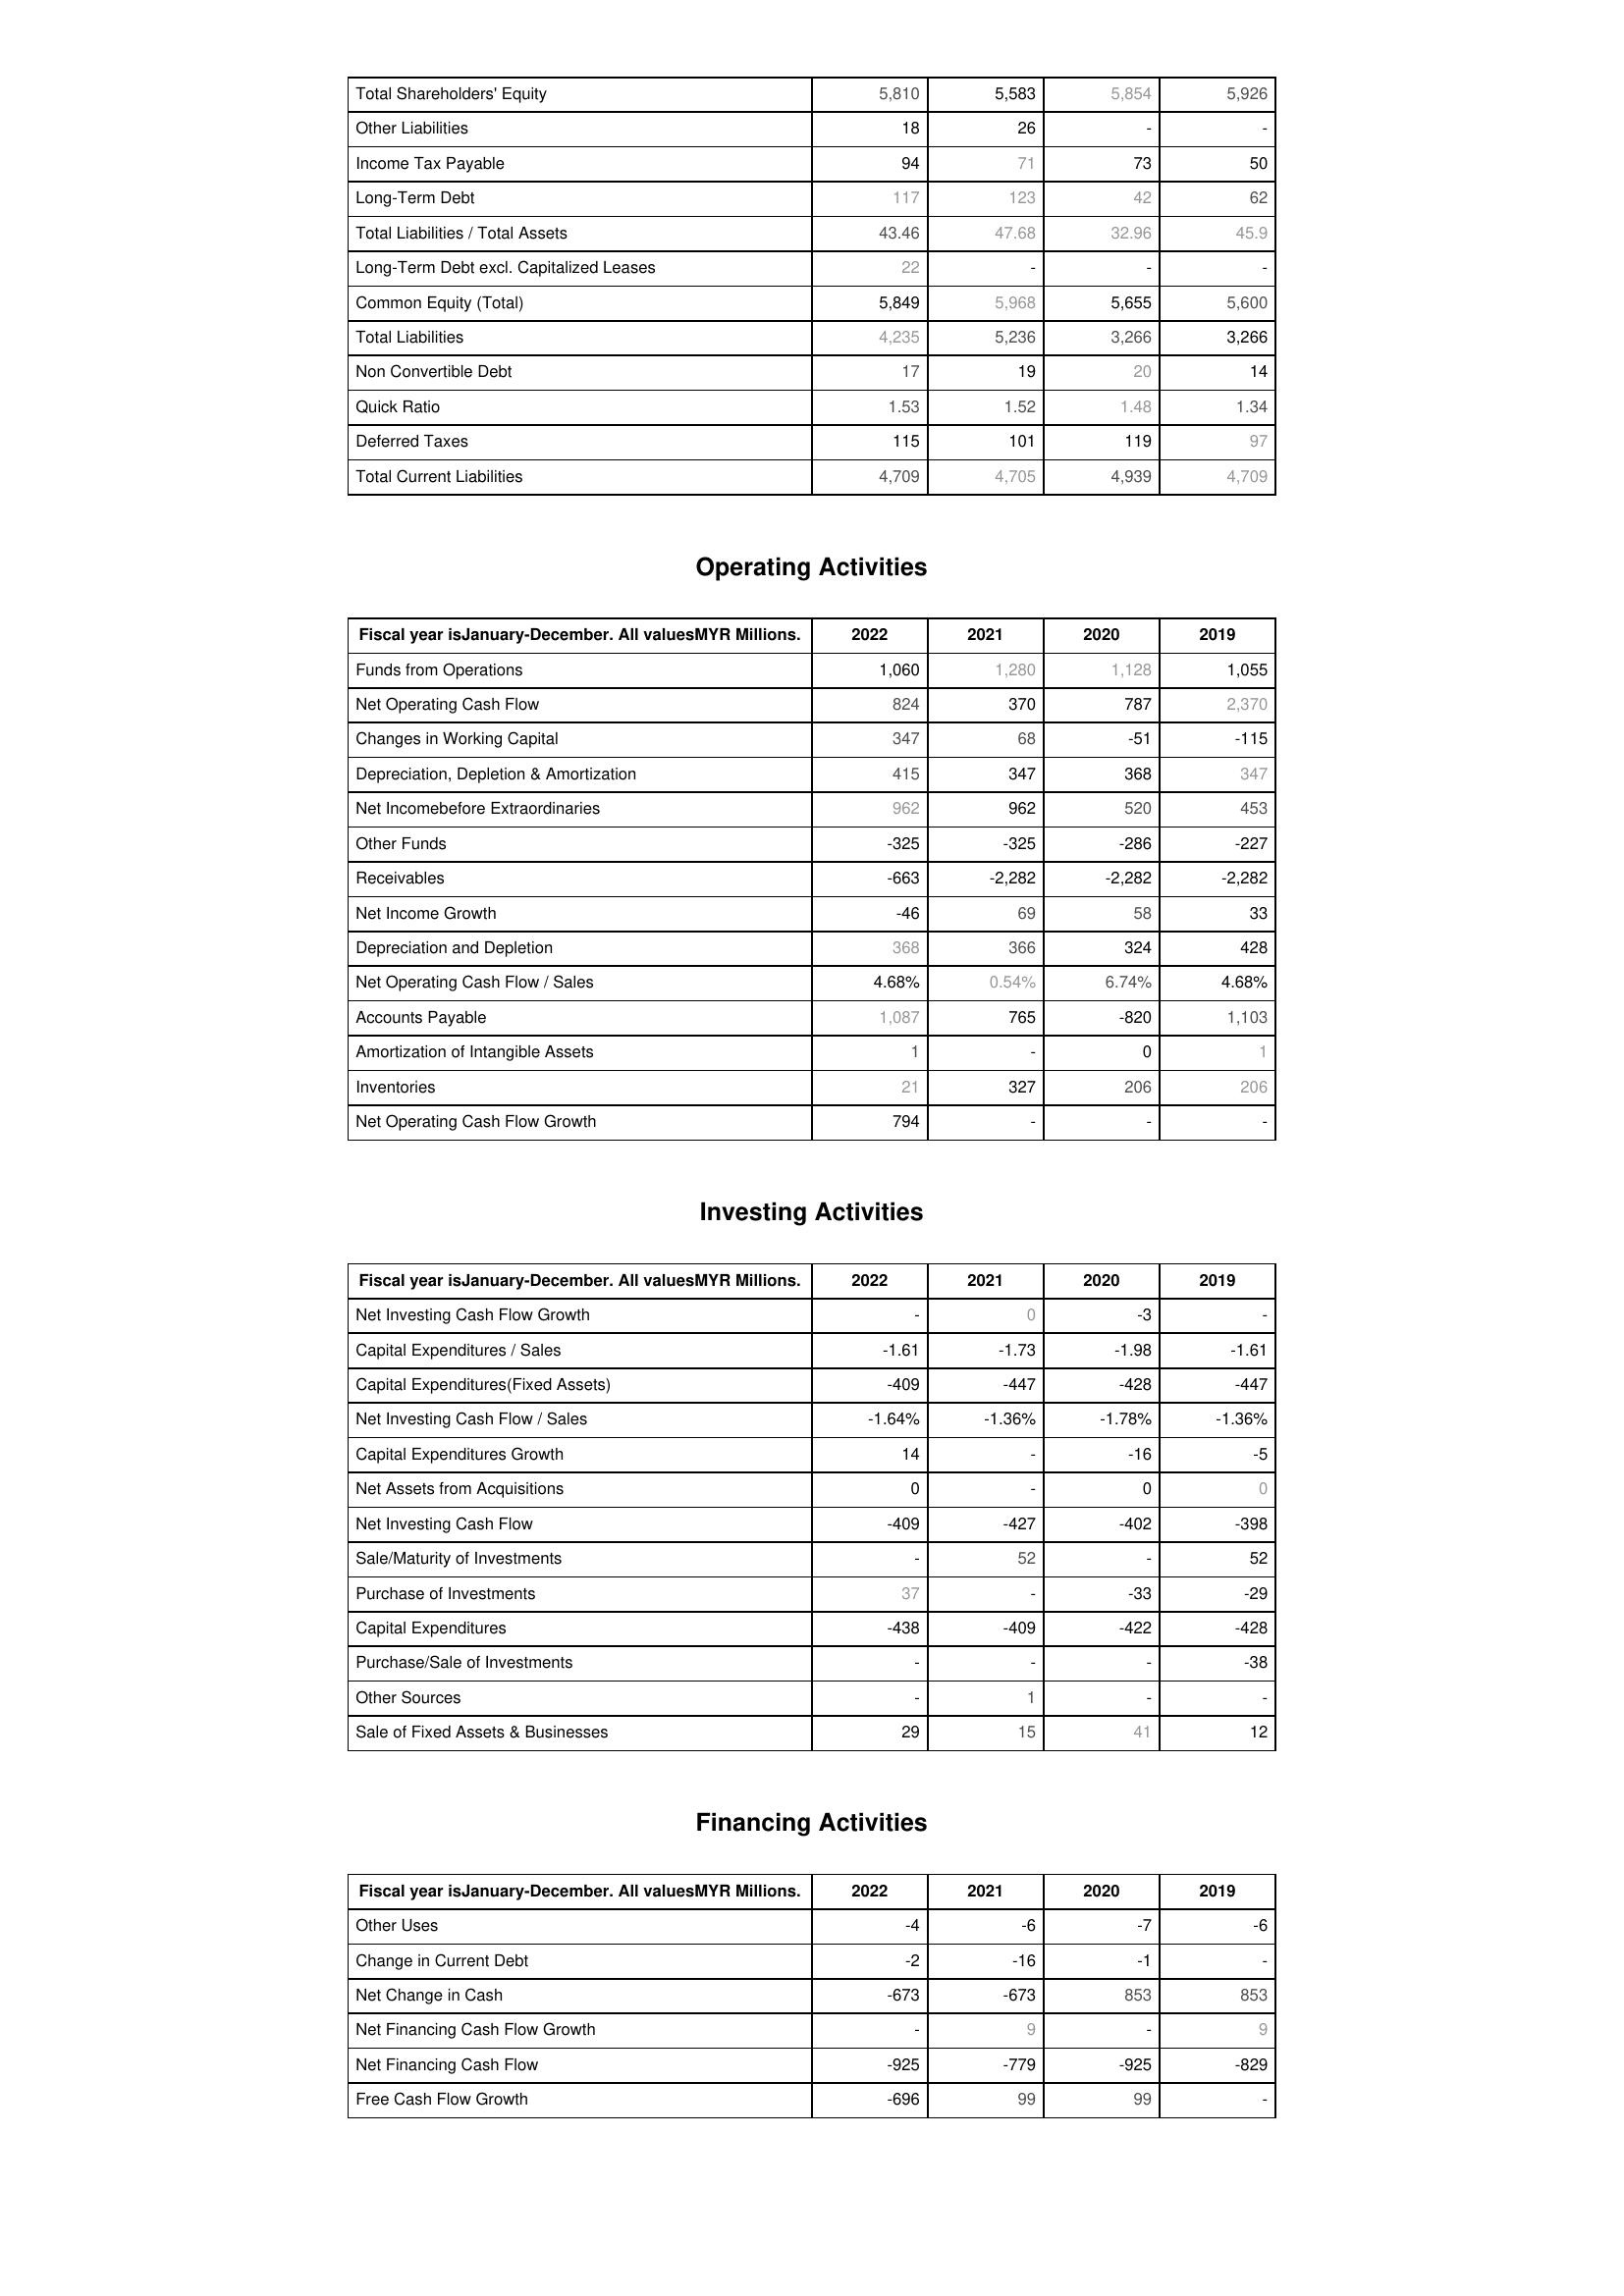
2022: Liabilities & Shareholder's Equity: Total Shareholders' Equity: 5,810
Other Liabilities: 18
Income Tax Payable: 94
Long-Term Debt: 117
Total Liabilities / Total Assets: 43.46
Long-Term Debt excl. Capitalized Leases: 22
Common Equity (Total): 5,849
Total Liabilities: 4,235
Non Convertible Debt: 17
Quick Ratio: 1.53
Deferred Taxes: 115
Total Current Liabilities: 4,709
Operating Activities: Funds from Operations: 1,060
Net Operating Cash Flow: 824
Changes in Working Capital: 347
Depreciation, Depletion & Amortization: 415
Net Incomebefore Extraordinaries: 962
Other Funds: -325
Receivables: -663
Net Income Growth: -46
Depreciation and Depletion: 368
Net Operating Cash Flow / Sales: 4.68%
Accounts Payable: 1,087
Amortization of Intangible Assets: 1
Inventories: 21
Net Operating Cash Flow Growth: 794
Investing Activities: Net Investing Cash Flow Growth: -
Capital Expenditures / Sales: -1.61
Capital Expenditures(Fixed Assets): -409
Net Investing Cash Flow / Sales: -1.64%
Capital Expenditures Growth: 14
Net Assets from Acquisitions: 0
Net Investing Cash Flow: -409
Sale/Maturity of Investments: -
Purchase of Investments: 37
Capital Expenditures: -438
Purchase/Sale of Investments: -
Other Sources: -
Sale of Fixed Assets & Businesses: 29
Financing Activities: Other Uses: -4
Change in Current Debt: -2
Net Change in Cash: -673
Net Financing Cash Flow Growth: -
Net Financing Cash Flow: -925
Free Cash Flow Growth: -696
2021: Liabilities & Shareholder's Equity: Total Shareholders' Equity: 5,583
Other Liabilities: 26
Income Tax Payable: 71
Long-Term Debt: 123
Total Liabilities / Total Assets: 47.68
Long-Term Debt excl. Capitalized Leases: -
Common Equity (Total): 5,968
Total Liabilities: 5,236
Non Convertible Debt: 19
Quick Ratio: 1.52
Deferred Taxes: 101
Total Current Liabilities: 4,705
Operating Activities: Funds from Operations: 1,280
Net Operating Cash Flow: 370
Changes in Working Capital: 68
Depreciation, Depletion & Amortization: 347
Net Incomebefore Extraordinaries: 962
Other Funds: -325
Receivables: -2,282
Net Income Growth: 69
Depreciation and Depletion: 366
Net Operating Cash Flow / Sales: 0.54%
Accounts Payable: 765
Amortization of Intangible Assets: -
Inventories: 327
Net Operating Cash Flow Growth: -
Investing Activities: Net Investing Cash Flow Growth: 0
Capital Expenditures / Sales: -1.73
Capital Expenditures(Fixed Assets): -447
Net Investing Cash Flow / Sales: -1.36%
Capital Expenditures Growth: -
Net Assets from Acquisitions: -
Net Investing Cash Flow: -427
Sale/Maturity of Investments: 52
Purchase of Investments: -
Capital Expenditures: -409
Purchase/Sale of Investments: -
Other Sources: 1
Sale of Fixed Assets & Businesses: 15
Financing Activities: Other Uses: -6
Change in Current Debt: -16
Net Change in Cash: -673
Net Financing Cash Flow Growth: 9
Net Financing Cash Flow: -779
Free Cash Flow Growth: 99
2020: Liabilities & Shareholder's Equity: Total Shareholders' Equity: 5,854
Other Liabilities: -
Income Tax Payable: 73
Long-Term Debt: 42
Total Liabilities / Total Assets: 32.96
Long-Term Debt excl. Capitalized Leases: -
Common Equity (Total): 5,655
Total Liabilities: 3,266
Non Convertible Debt: 20
Quick Ratio: 1.48
Deferred Taxes: 119
Total Current Liabilities: 4,939
Operating Activities: Funds from Operations: 1,128
Net Operating Cash Flow: 787
Changes in Working Capital: -51
Depreciation, Depletion & Amortization: 368
Net Incomebefore Extraordinaries: 520
Other Funds: -286
Receivables: -2,282
Net Income Growth: 58
Depreciation and Depletion: 324
Net Operating Cash Flow / Sales: 6.74%
Accounts Payable: -820
Amortization of Intangible Assets: 0
Inventories: 206
Net Operating Cash Flow Growth: -
Investing Activities: Net Investing Cash Flow Growth: -3
Capital Expenditures / Sales: -1.98
Capital Expenditures(Fixed Assets): -428
Net Investing Cash Flow / Sales: -1.78%
Capital Expenditures Growth: -16
Net Assets from Acquisitions: 0
Net Investing Cash Flow: -402
Sale/Maturity of Investments: -
Purchase of Investments: -33
Capital Expenditures: -422
Purchase/Sale of Investments: -
Other Sources: -
Sale of Fixed Assets & Businesses: 41
Financing Activities: Other Uses: -7
Change in Current Debt: -1
Net Change in Cash: 853
Net Financing Cash Flow Growth: -
Net Financing Cash Flow: -925
Free Cash Flow Growth: 99
2019: Liabilities & Shareholder's Equity: Total Shareholders' Equity: 5,926
Other Liabilities: -
Income Tax Payable: 50
Long-Term Debt: 62
Total Liabilities / Total Assets: 45.9
Long-Term Debt excl. Capitalized Leases: -
Common Equity (Total): 5,600
Total Liabilities: 3,266
Non Convertible Debt: 14
Quick Ratio: 1.34
Deferred Taxes: 97
Total Current Liabilities: 4,709
Operating Activities: Funds from Operations: 1,055
Net Operating Cash Flow: 2,370
Changes in Working Capital: -115
Depreciation, Depletion & Amortization: 347
Net Incomebefore Extraordinaries: 453
Other Funds: -227
Receivables: -2,282
Net Income Growth: 33
Depreciation and Depletion: 428
Net Operating Cash Flow / Sales: 4.68%
Accounts Payable: 1,103
Amortization of Intangible Assets: 1
Inventories: 206
Net Operating Cash Flow Growth: -
Investing Activities: Net Investing Cash Flow Growth: -
Capital Expenditures / Sales: -1.61
Capital Expenditures(Fixed Assets): -447
Net Investing Cash Flow / Sales: -1.36%
Capital Expenditures Growth: -5
Net Assets from Acquisitions: 0
Net Investing Cash Flow: -398
Sale/Maturity of Investments: 52
Purchase of Investments: -29
Capital Expenditures: -428
Purchase/Sale of Investments: -38
Other Sources: -
Sale of Fixed Assets & Businesses: 12
Financing Activities: Other Uses: -6
Change in Current Debt: -
Net Change in Cash: 853
Net Financing Cash Flow Growth: 9
Net Financing Cash Flow: -829
Free Cash Flow Growth: -